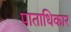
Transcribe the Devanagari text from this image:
पाताधिकार